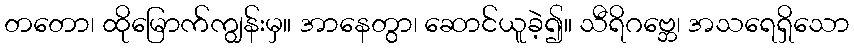
တတော၊ ထိုမြောက်ကျွန်းမှ။ အာနေတွာ၊ ဆောင်ယူခဲ့၍။ သီရိဂဗ္ဘေ၊ အသရေရှိသော